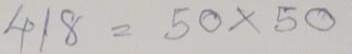
418 = 50 x 50